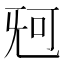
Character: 𣄰